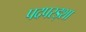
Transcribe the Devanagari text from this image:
पदपरड्शा